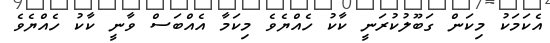
އެކަމަކު މިކަން ގަބޫލުކުރަނީ ކާކު ހެއްޔެވެ މިކަމާ އެއްބަސް ވާނީ ކާކު ހެއްޔެވެ